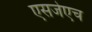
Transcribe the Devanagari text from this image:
एसजेएच